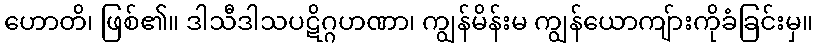
ဟောတိ၊ ဖြစ်၏။ ဒါသီဒါသပဋိဂ္ဂဟဏာ၊ ကျွန်မိန်းမ ကျွန်ယောကျ်ားကိုခံခြင်းမှ။